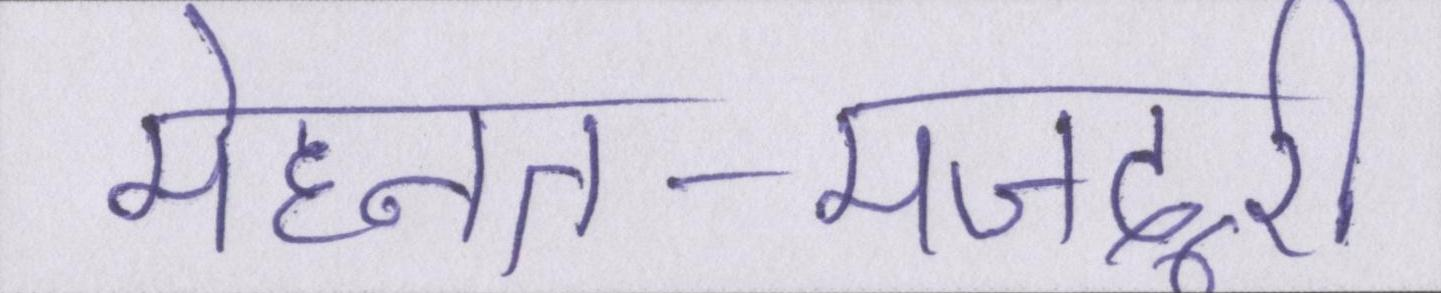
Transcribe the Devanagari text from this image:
मेहनत-मजदूरी